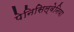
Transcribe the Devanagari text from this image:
पेनिसिल्‍वेनिया